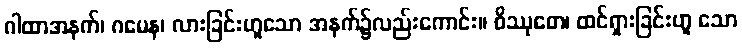
ဂါထာအနက်၊ ဂမေန၊ လားခြင်းဟူသော အနက်၌လည်းကောင်း။ ဝိဿုတေ၊ ထင်ရှားခြင်းဟူ သော